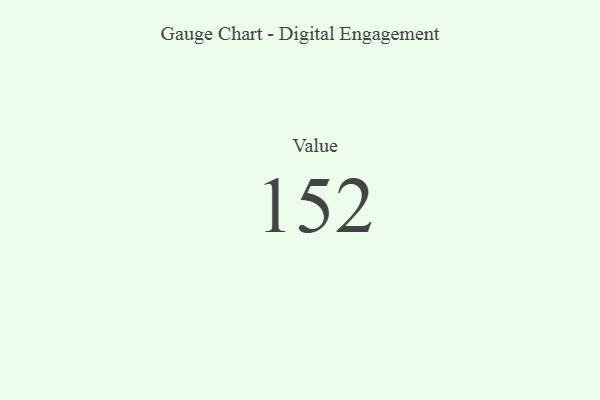
{"axis": {"x": "Metric", "y": "Value"}, "legend": [""], "data": [{"x": "Value", "y": 152, "type": ""}]}